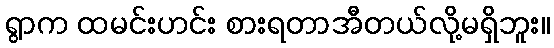
ရွာက ထမင်းဟင်း စားရတာအီတယ်လို့မရှိဘူး။